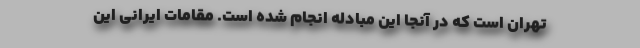
تهران است که در آنجا این مبادله انجام شده است. مقامات ایرانی این